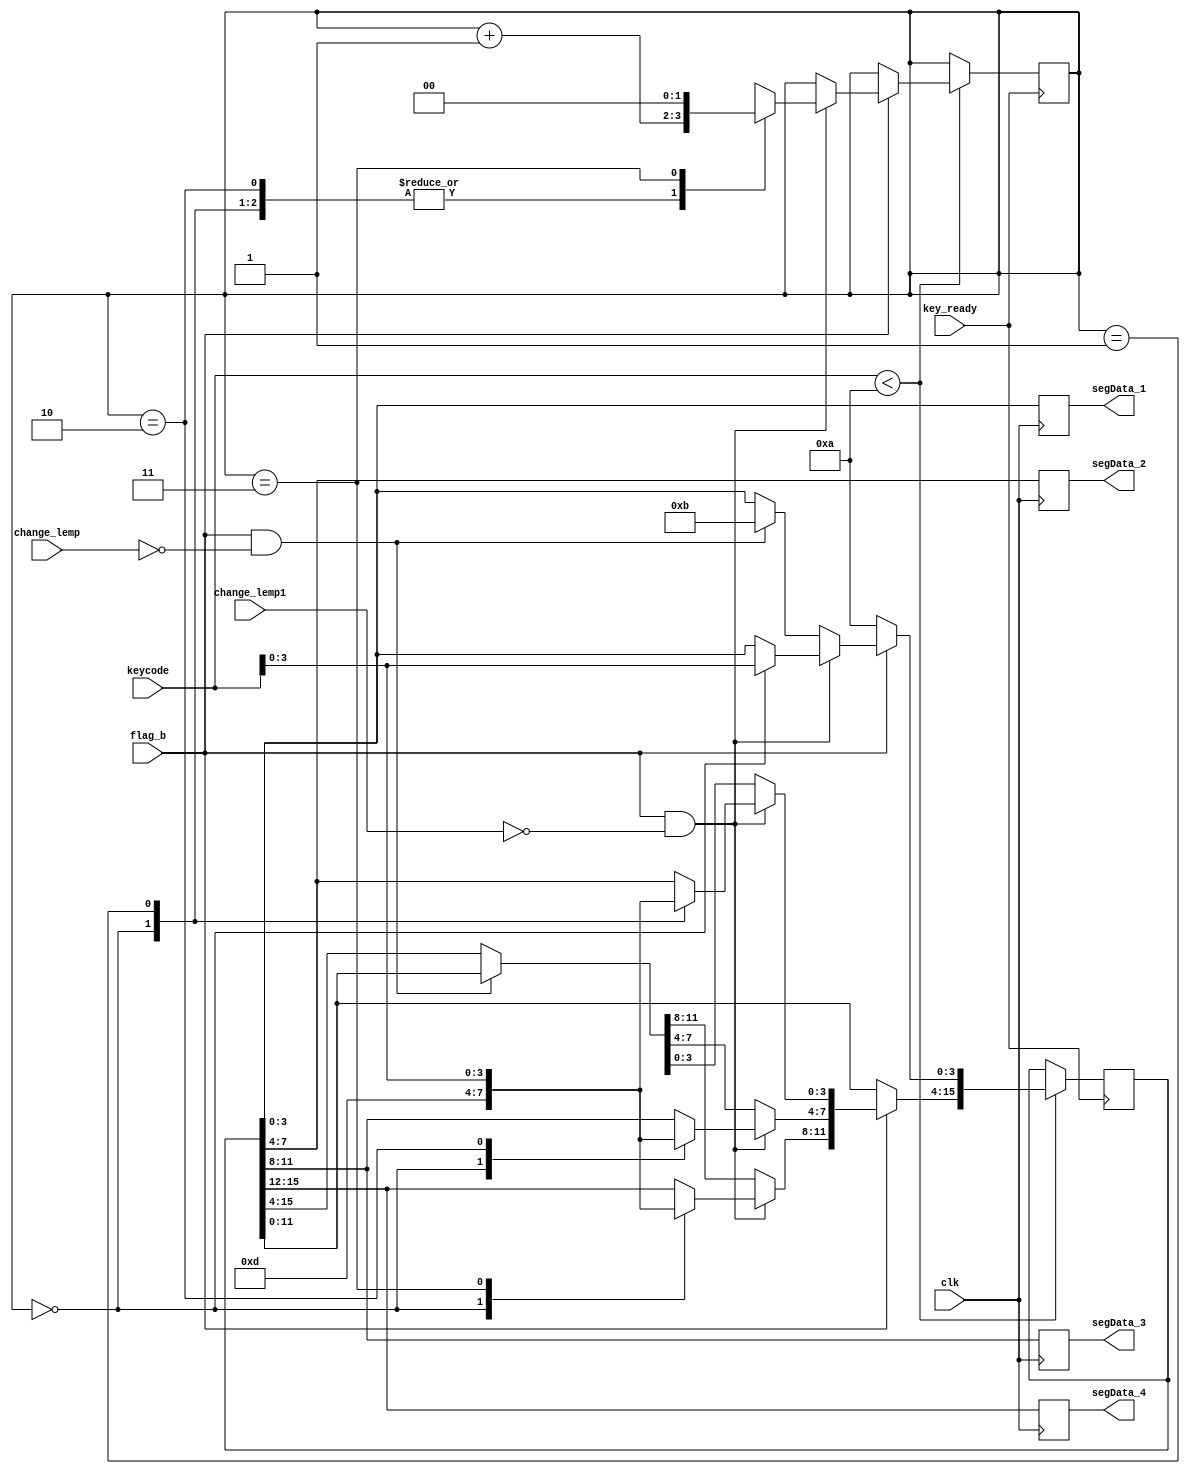
//------------------------------------------
//      .
//------------------------------------------
 module xianshiluoji( 
        input wire clk, 
        input wire [4:0] keycode, 
        input key_ready,
        input change_lemp,
        input change_lemp1,
        input flag_b ,
        output  [3:0]segData_1,
		output  [3:0]segData_2,
		output  [3:0]segData_3,
		output  [3:0]segData_4
        );
        reg [3:0]segData_r1;
		reg [3:0]segData_r2;
		reg [3:0]segData_r3;
		reg [3:0]segData_r4;
        reg [15:0] lednum;
        reg [1:0] flagc;
        reg keypressdone = 1'b1; 
        reg [4:0] keycode1 = 5'h10; 
        initial begin flagc=0;
         end
        always @ (negedge  key_ready ) 
        begin
            if(keycode<10)
            begin
				if(flag_b==0)
				begin
                  lednum = lednum << 4; 
                  lednum[3:0] = 10;   
				end 
				else if(flag_b==1&&change_lemp1==0)
				begin
				  case(flagc)
						2'b00:begin lednum[3:0]<=keycode;lednum[15:12]<=13;lednum[11:8]<=13;lednum[7:4]<=13;flagc<=flagc+1;end
						2'b01:begin lednum[7:4]<=keycode;flagc<=flagc+1;end
						2'b10:begin lednum[11:8]<=keycode;flagc<=flagc+1;end
						2'b11:begin lednum[15:12]<=keycode;
									flagc<=0;
								end
					endcase   
				end
				else if(flag_b==1&&change_lemp==0)
				begin
				  lednum = lednum << 4; 
				  lednum[3:0] = 11;   
			    end
			 end
       end
        always@ (posedge clk) 
		begin
		   segData_r1<=lednum[3:0];
           segData_r2<=lednum[7:4];
           segData_r3<=lednum[11:8];
           segData_r4<=lednum[15:12];//tong xia
		end
        
         assign segData_1[3:0]=segData_r1;
         assign segData_2[3:0]=segData_r2;
         assign segData_3[3:0]=segData_r3;
         assign segData_4[3:0]=segData_r4;//from left to right xianshi shuzi 
endmodule